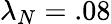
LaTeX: \lambda_{N}=.08